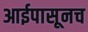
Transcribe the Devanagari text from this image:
आईपासूनच